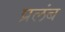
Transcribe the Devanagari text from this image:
प्रलंब